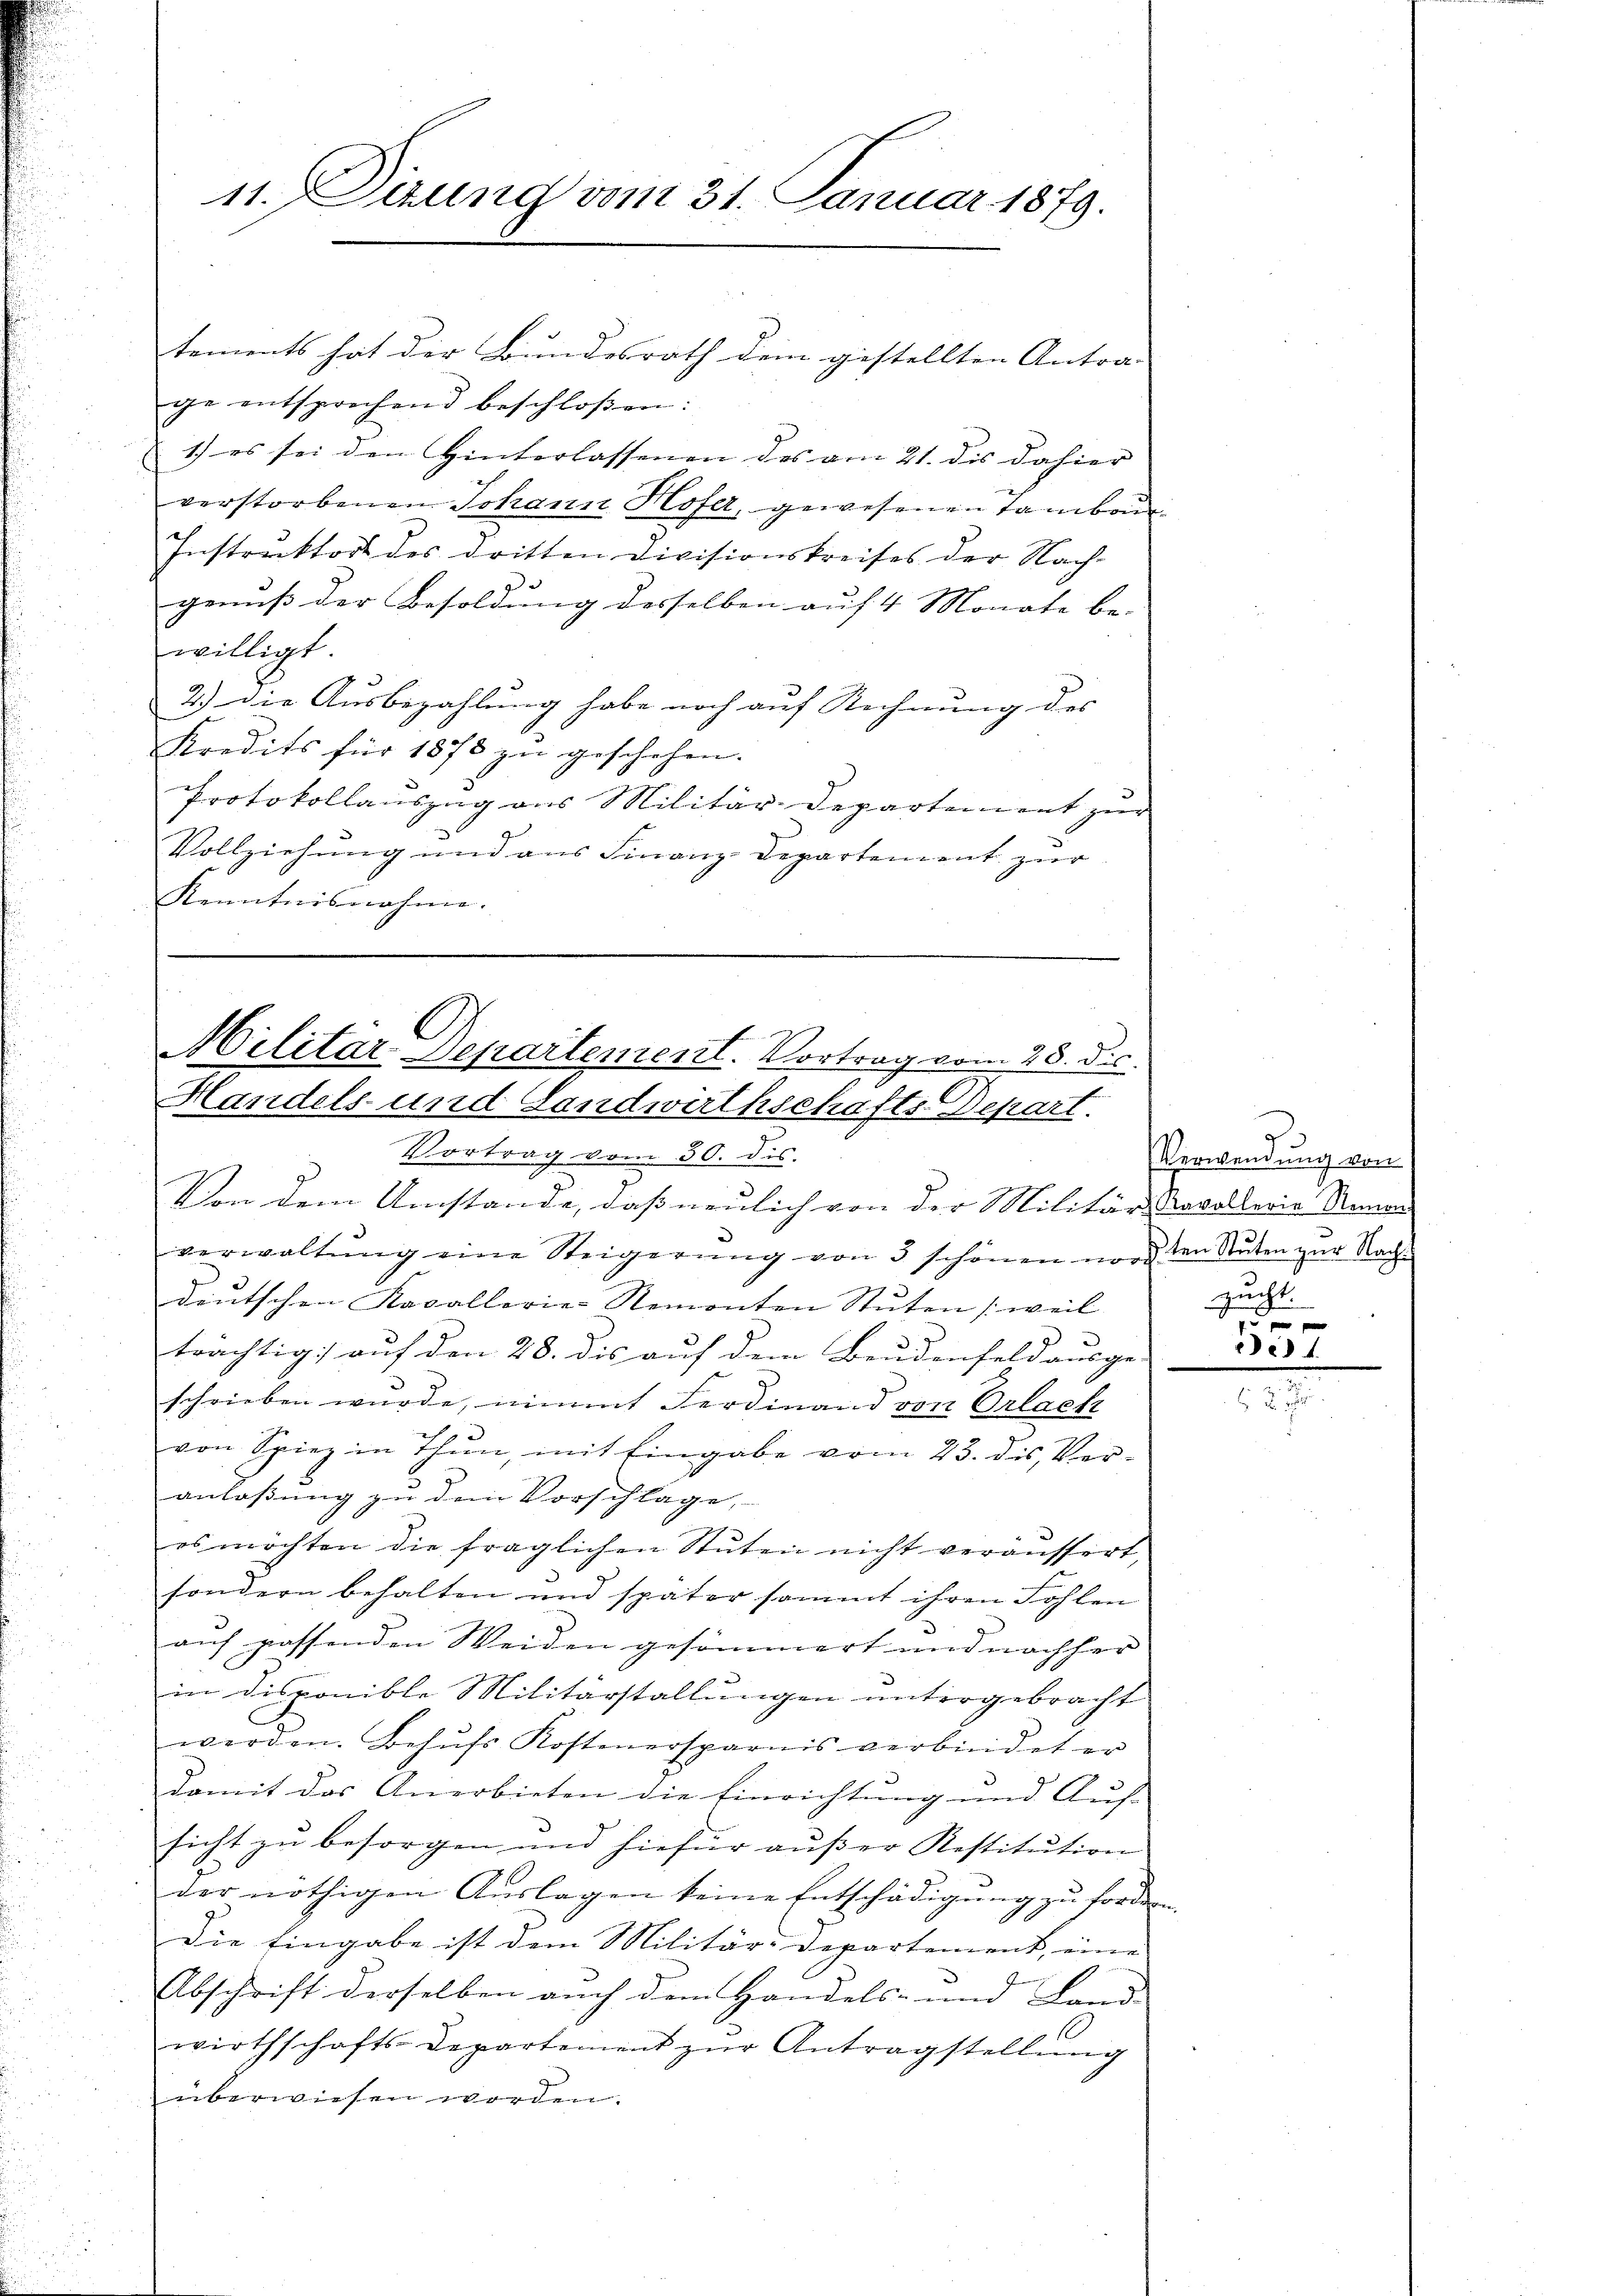
11. Sitzung vom 31. Januar 1879.

tements hat der Bundesrath dem gestellten Antra-
ge entsprechend beschloßen:
1) es sei den Hinterlassenen des am 21. dis dahier
verstorbenen Johann Hofer, gewesenen Tambou
Instruktort des dritten Divisionskreises der Nach-
genuß der Besoldung desselben auf 4 Monate be-
willigt.
2.) Die Ausbezahlung habe noch auf Rechnung des |
Kredits für 1878 zŭ geschehen.
Protokollauszug aus Militär-Departement zur
Vollziehung und aus Finanz-Departement zur
Kenntnisnahme.

E
Militar Separtement. Vortrag vom 28. dis
Handels- und Landwirthschafts Depart.

Vortrag vom 30. dis.
Von dem Umstände, daß neulich von der Militär-Cavallerie Remar
verwaltŭng eine Steigerung von 3 schönen vor den Stuten zur Nacht
deŭtschen Kavallerie-Remonten Stŭten (weil
trächtig auf den 28. dis auf dem Brudenfeld ausge-
schrieben wurde, nimmt Ferdinand von Erlack
von Spieg in Thun, mit Eingabe vom 23. des Ver-
anlaßung zu dem Vorschlage,
es möchten die fraglichen Stuten nicht veräussert,
sondern behalten und später sammt ihren Sohlen
auf passenden Weiden gesammert und nachher
in disponible Militärstallungen untergebracht
werden. Behŭfs Kostenersparnis verbindet er
damit das Anerbieten die Einrichtung und Auf-
sicht zu besorgen und hiefür aŭβer Restitution
der nöthigen Auslagen keine Entschädigung zu forden
Die Eingabe ist dem Militär-Departement, eine |
Abschrift derselben auch dem Handels- und Land-
wirthschafts-Departement zŭr Antragstellŭng
überwiesen worden.

Verwendung von
zucht.

6 f
e